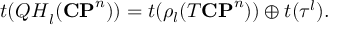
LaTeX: t ( { \cal Q H } _ { l } ( { \bf C P } ^ { n } ) ) = t ( \rho _ { l } ( T { \bf C P } ^ { n } ) ) \oplus t ( { \tau ^ { l } } ) .